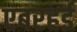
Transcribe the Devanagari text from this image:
एबरहर्ड